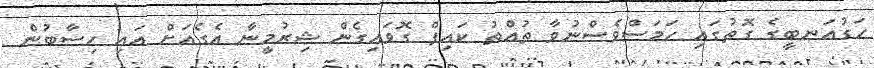
ހަގުއަނބީގެ ގޮތުގައި ހަމަސްވެސްނުވާ ތުއްތު ކައިފް ގޮވައިގެން ޝިރުމީނާ އެގެއަށް އައި ހިސާބުން